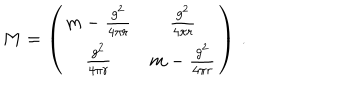
LaTeX: M = \left( \begin{matrix} { { m - { \frac { g ^ { 2 } } { 4 \pi r } } } } & { { { \frac { g ^ { 2 } } { 4 \pi r } } } } \\ { { { \frac { g ^ { 2 } } { 4 \pi r } } } } & { { m - { \frac { g ^ { 2 } } { 4 \pi r } } } } \\ \end{matrix} \right) \, .